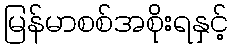
မြန်မာစစ်အစိုးရနှင့်